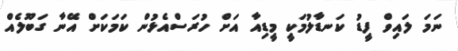
ނަމަ ލައިވް ފީޑު ކަނޑާލުމަކީ މީޑިއާ އަށް ހުރަސްއެޅުން ކަމަކަށް އޭނާ ގަބޫލެއް